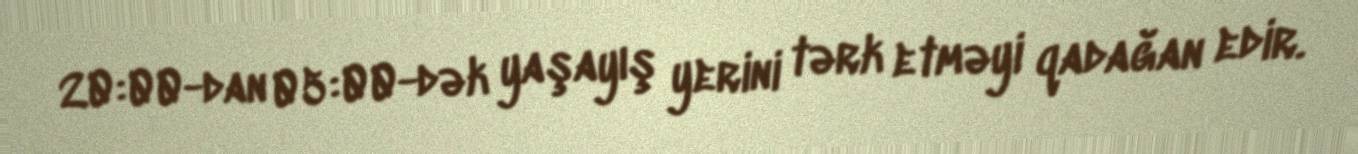
20:00-dan 05:00-dək yaşayış yerini tərk etməyi qadağan edir.